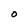
Character: O